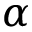
\alpha